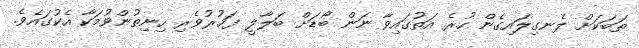
ތަބަކަށް ލެނގިލައިގެން ހުރެ އަތުގައިވާ ނަން ބޯޑަށް ބަލާލީ ފަޚުރުވެރި ހިނިތުންވުމަކާ އެކުގައެވެ.